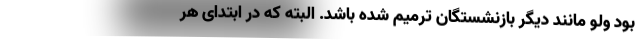
بود ولو مانند دیگر بازنشستگان ترمیم شده باشد. البته که در ابتدای هر